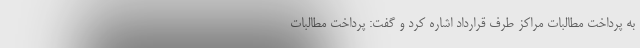
به پرداخت مطالبات مراکز طرف قرارداد اشاره کرد و گفت: پرداخت مطالبات